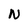
Character: N